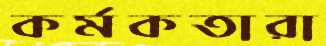
কর্মকতারা